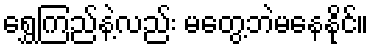
ရွှေကြည်နဲ့လည်း မတွေ့ဘဲမနေနိုင်။